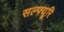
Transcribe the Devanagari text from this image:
सल्फ्यूरि